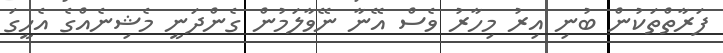
ފަރާތްތަކުން ބުނި އިރު މިހާރު ވެސް އޭނާ ނޭވާލަމުން ގެންދަނީ މެޝިނެއްގެ އެހީގަ